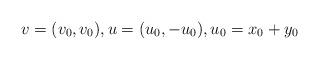
LaTeX: \begin{align*} v = (v_0, v_0), u = (u_0, -u_0), u_0 = x_0 + y_0\end{align*}